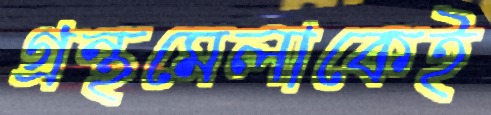
গ্রন্থমেলাকেই